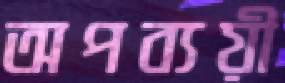
অপব্যয়ী